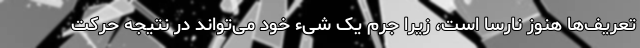
تعریف‌ها هنوز نارسا است، زیرا جرم یک شیء خود می‌تواند در نتیجه حرکت